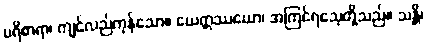
ပရိစာရာ၊ ကျင်လည်ကုန်သော။ ယေဣဿယော၊ အကြင်ရသေ့တို့သည်။ သန္တိ၊